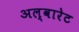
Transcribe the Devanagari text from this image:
अल्वारेट